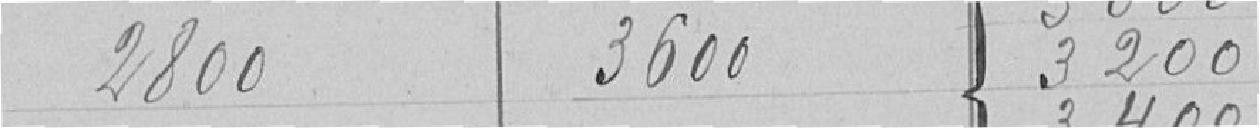
2800 3600